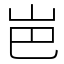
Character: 岜